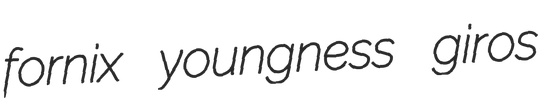
fornix youngness giros